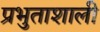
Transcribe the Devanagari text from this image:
प्रभुताशाली